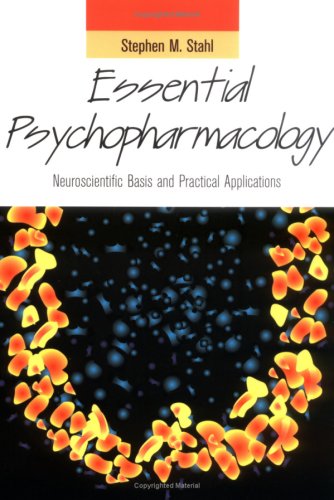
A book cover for Essential Psychopharmacology with CD-ROM: Neuroscientific Basis and Clinical Applications (Essential Psychopharmacology Series); Medical Books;